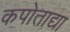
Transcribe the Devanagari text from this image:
कपोताद्या